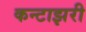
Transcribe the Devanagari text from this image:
कन्टाझरी